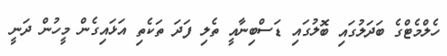
ހެލްމެޓްގެ ބަދަލުގައި ބޮލުގައި ޑަސްބިނާއީ ތެލި ފަދަ ތަކެތި އަޅައިގެން މީހުން ދަނީ